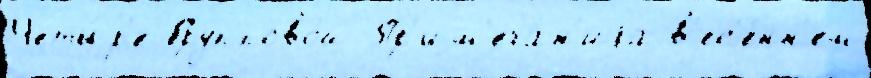
Четы́р'е Группово́й Пр'им'еча́н'иjа в'ес'е́нн'ем